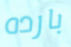
بارده